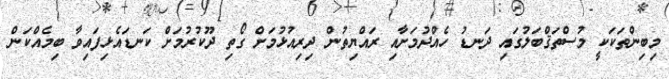
މިބިންތަކަކީ މުސްތަޤްބަލުގައި ދަނޑު ހެއްދުމަށާއި ރައްޔިތުން ދިރިއުޅުމަށް ގޯތި ދޫކުރުމަށް ކަނޑައެޅިފައިވާ ބިމެއްކަން